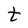
Character: t